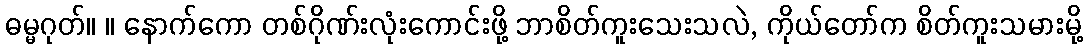
ဓမ္မဂုတ်။ ။ နောက်ကော တစ်ဂိုဏ်းလုံးကောင်းဖို့ ဘာစိတ်ကူးသေးသလဲ, ကိုယ်တော်က စိတ်ကူးသမားမို့